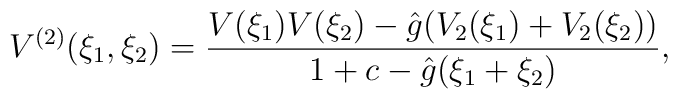
V^{(2)}(\xi_1,\xi_2)=\frac{ V(\xi_1) V(\xi_2)   -\hat{g} (V_2(\xi_1)+V_2(\xi_2))}{1+c-\hat{g}(\xi_1+\xi_2)},